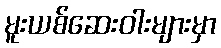
မူးယစ်ဆေးဝါးများမှာ